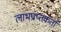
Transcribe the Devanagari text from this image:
लाभप्राप्तकर्ता